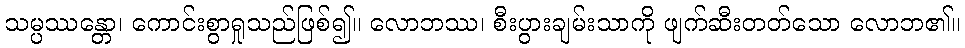
သမ္ပဿန္တော၊ ကောင်းစွာရှုသည်ဖြစ်၍။ လောဘဿ၊ စီးပွားချမ်းသာကို ဖျက်ဆီးတတ်သော လောဘ၏။